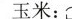
玉米：